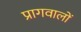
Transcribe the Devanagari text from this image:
प्रागवालों